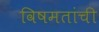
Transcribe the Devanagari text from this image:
विषमतांची